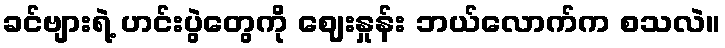
ခင်ဗျားရဲ့ ဟင်းပွဲတွေကို ဈေးနှုန်း ဘယ်လောက်က စသလဲ။